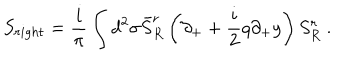
S _ { r i g h t } = \frac i \pi \int d ^ { 2 } \sigma \bar { S } _ { R } ^ { r } \left( \partial _ { + } + \frac i 2 q \partial _ { + } y \right) S _ { R } ^ { r } \ .